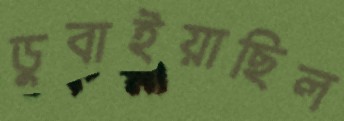
ডুবাইয়াছিল